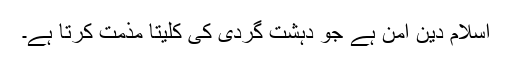
اسلام دین امن ہے جو دہشت گردی کی کلیتا مذمت کرتا ہے۔